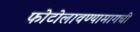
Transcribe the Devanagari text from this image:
फोटोलावण्यामागची